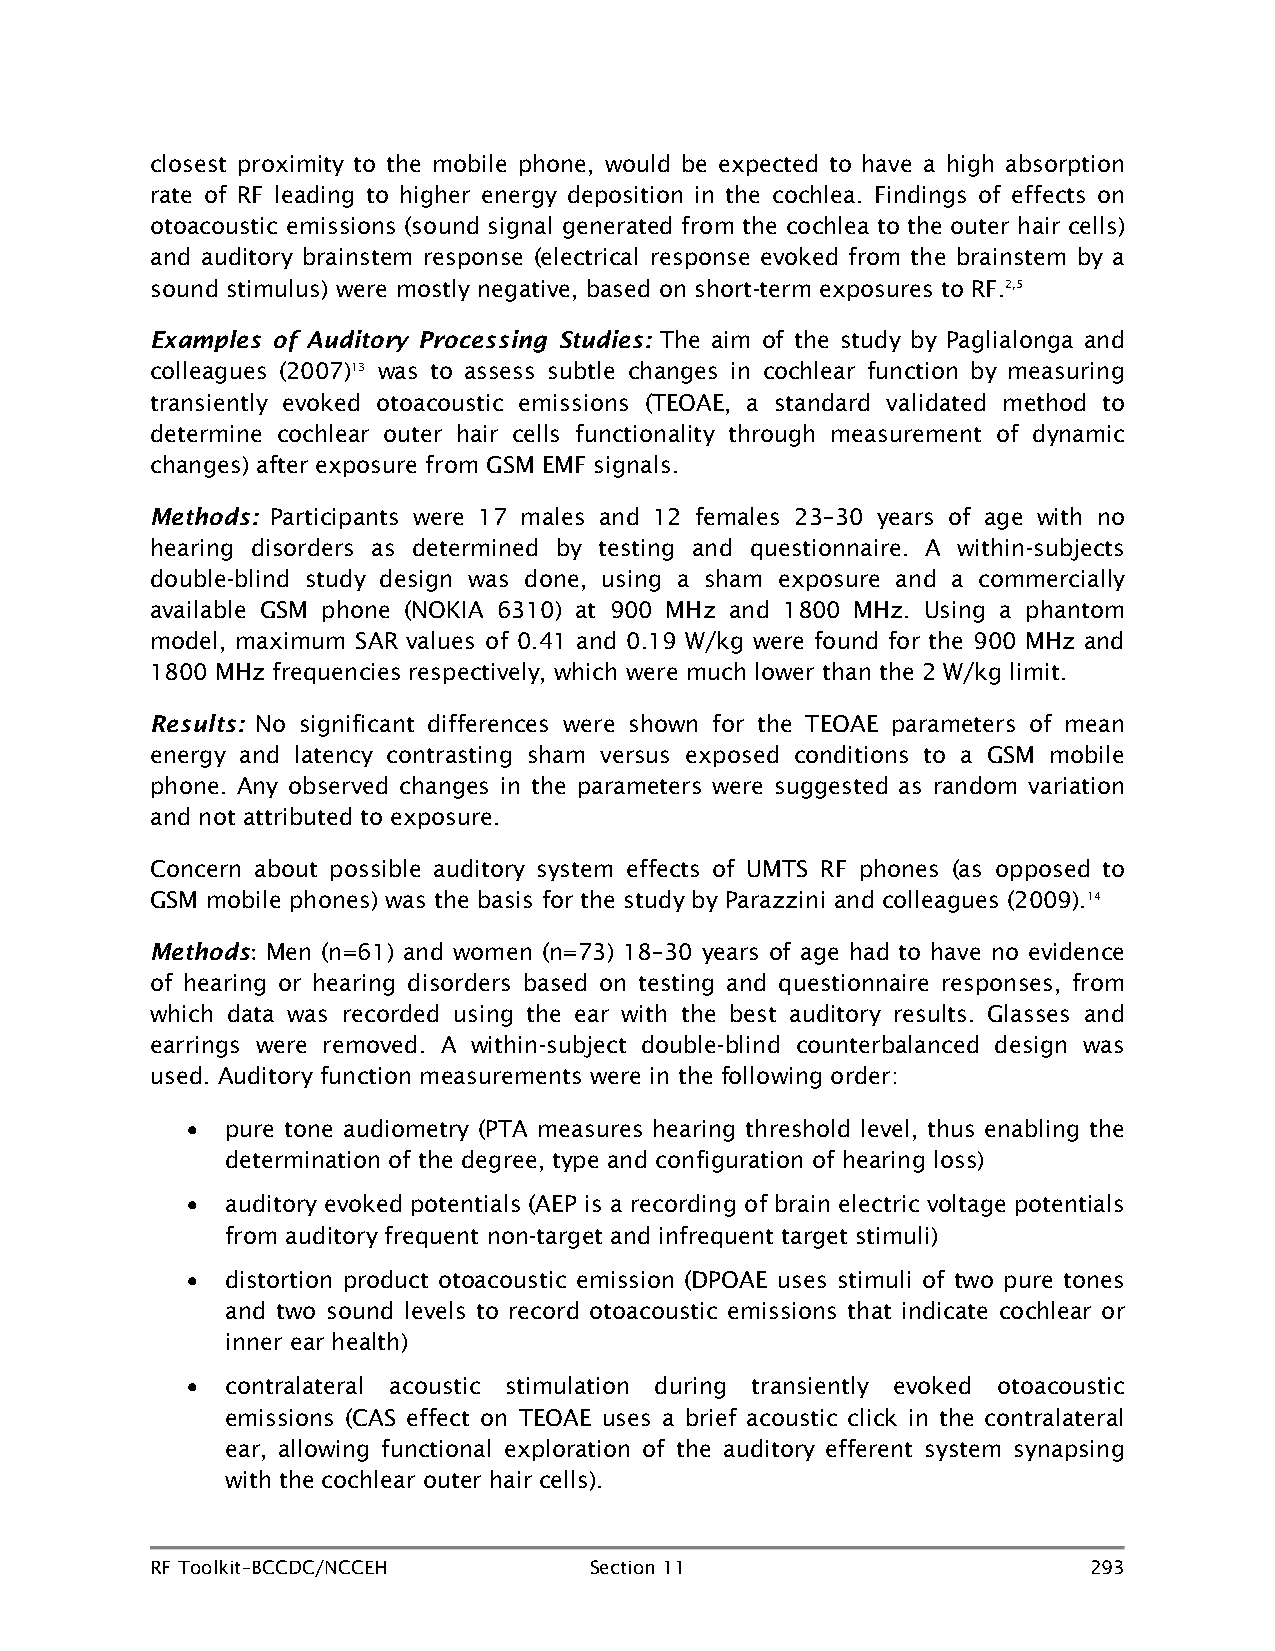
closest proximity to the mobile phone, would be expected to have a high absorption
 rate of RF leading to higher energy deposition in the cochlea. Findings of effects on
 otoacoustic emissions (sound signal generated from the cochlea to the outer hair cells)
 and auditory brainstem response (electrical response evoked from the brainstem by a
 sound stimulus) were mostly negative, based on short-term exposures to RF.2,5
 Examples of Auditory Processing Studies: The aim of the study by Paglialonga and
 colleagues (2007)13 was to assess subtle changes in cochlear function by measuring
 transiently evoked otoacoustic emissions (TEOAE, a standard validated method to
 determine cochlear outer hair cells functionality through measurement of dynamic
 changes) after exposure from GSM EMF signals.
 Methods: Participants were 17 males and 12 females 23–30 years of age with no
 hearing disorders as determined by testing and questionnaire. A within-subjects
 double-blind study design was done, using a sham exposure and a commercially
 available GSM phone (NOKIA 6310) at 900 MHz and 1800 MHz. Using a phantom
 model, maximum SAR values of 0.41 and 0.19 W/kg were found for the 900 MHz and
 1800 MHz frequencies respectively, which were much lower than the 2 W/kg limit.
 Results: No significant differences were shown for the TEOAE parameters of mean
 energy and latency contrasting sham versus exposed conditions to a GSM mobile
 phone. Any observed changes in the parameters were suggested as random variation
 and not attributed to exposure.
 Concern about possible auditory system effects of UMTS RF phones (as opposed to
 GSM mobile phones) was the basis for the study by Parazzini and colleagues (2009).14
 Methods Men (n=61) and women (n=73) 18–30 years of age had to have no evidence
 :
 of hearing or hearing disorders based on testing and questionnaire responses, from
 which data was recorded using the ear with the best auditory results. Glasses and
 earrings were removed. A within-subject double-blind counterbalanced design was
 used. Auditory function measurements were in the following order:
 •  pure tone audiometry (PTA measures hearing threshold level, thus enabling the
 determination of the degree, type and configuration of hearing loss)
 •  auditory evoked potentials (AEP is a recording of brain electric voltage potentials
 from auditory frequent non-target and infrequent target stimuli)
 •  distortion product otoacoustic emission (DPOAE uses stimuli of two pure tones
 and two sound levels to record otoacoustic emissions that indicate cochlear or
 inner ear health)
 •  contralateral acoustic stimulation during transiently evoked otoacoustic
 emissions (CAS effect on TEOAE uses a brief acoustic click in the contralateral
 ear, allowing functional exploration of the auditory efferent system synapsing
 with the cochlear outer hair cells).
 RF Toolkit–BCCDC/NCCEH       Section 11                       293